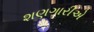
શણગારીએ